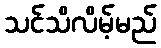
သင်သိလိမ့်မည်